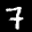
Label: 7